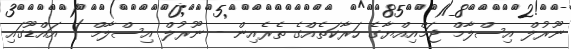
ނޫރުލް އިސްލާމް ޖަމްއިއްޔާގެ ހަރާކަތެއްގެ ތެރެއިން - ނޫރުލް އިސްލާމް ) އައްޑޫގައި